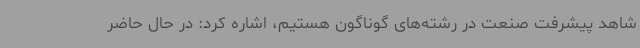
شاهد پیشرفت صنعت در رشته‌های گوناگون هستیم، اشاره کرد: در حال حاضر